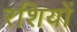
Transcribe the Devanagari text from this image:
रशियों